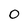
Character: 0